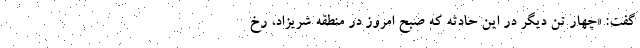
گفت: «چهار تن دیگر در این حادثه که صبح امروز ‌در منطقه ‌شریزاد‌، رخ